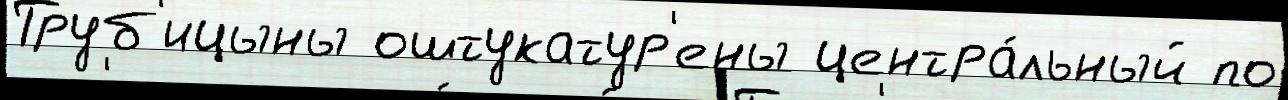
Труб'ицыны оштукатур'ены центра́льный по